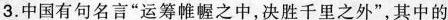
3.中国有句名言”运筹帷幄之中，决胜千里之外”，其中的